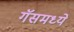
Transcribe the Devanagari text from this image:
गॅसमध्ये